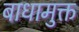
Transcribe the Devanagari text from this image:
बाधामुक्त